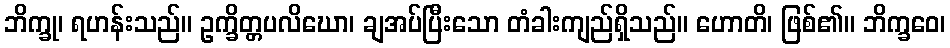
ဘိက္ခု၊ ရဟန်းသည်။ ဥက္ခိတ္တပလိဃော၊ ချအပ်ပြီးသော တံခါးကျည်ရှိသည်။ ဟောတိ၊ ဖြစ်၏။ ဘိက္ခဝေ၊